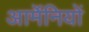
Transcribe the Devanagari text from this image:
आर्मेनियों